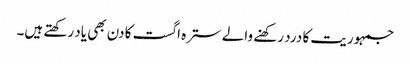
جمہوریت کا درد رکھنے والے سترہ اگست کا دن بھی یاد رکھتے ہیں۔